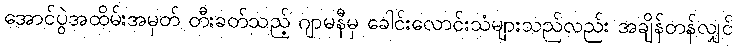
အောင်ပွဲအထိမ်းအမှတ် တီးခတ်သည့် ဂျာမနီမှ ခေါင်းလောင်းသံများသည်လည်း အချိန်တန်လျှင်